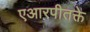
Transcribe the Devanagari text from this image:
एआरपीतक्ते